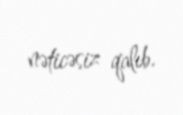
nəticəsiz qalıb.